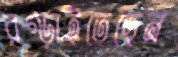
রগ্‌ড়াইতেছেন